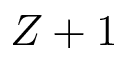
Z + 1